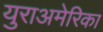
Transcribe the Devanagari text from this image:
युराअमेरिका